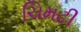
ચિમટી